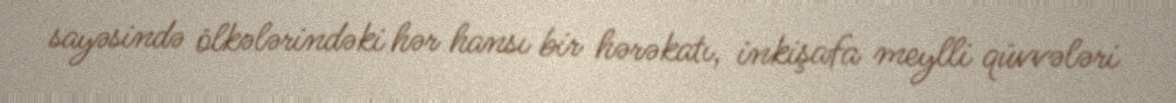
sayəsində ölkələrindəki hər hansı bir hərəkatı, inkişafa meylli qüvvələri